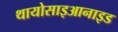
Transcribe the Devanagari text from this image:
थायोसाइआनाइड